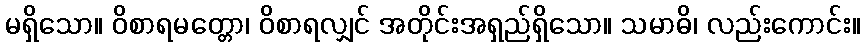
မရှိသော။ ဝိစာရမတ္တော၊ ဝိစာရလျှင် အတိုင်းအရှည်ရှိသော။ သမာဓိ၊ လည်းကောင်း။